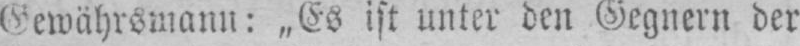
Gewährsmann: „Es ist unter den Gegnern der